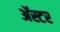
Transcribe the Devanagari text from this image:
ॲस्टर